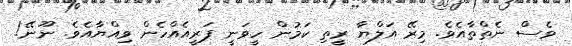
ވެސް ނެތްތާއެވެ. މިރޭ އަލްޔާ ރީތި ކަމުން ހީވަނީ ޕަރީއެއްހެން ވިއްޔާއެވެ. ނޫނޭ!